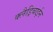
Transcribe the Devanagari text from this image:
क्लैड्रिबाईन